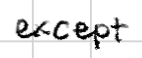
Text: except
Cross-out: clean
Writing tool: digital_black